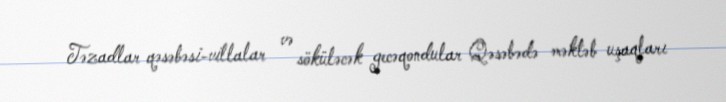
Təzadlar qəsəbəsi-villalar və söküləcək gecəqondular Qəsəbədə məktəb uşaqları